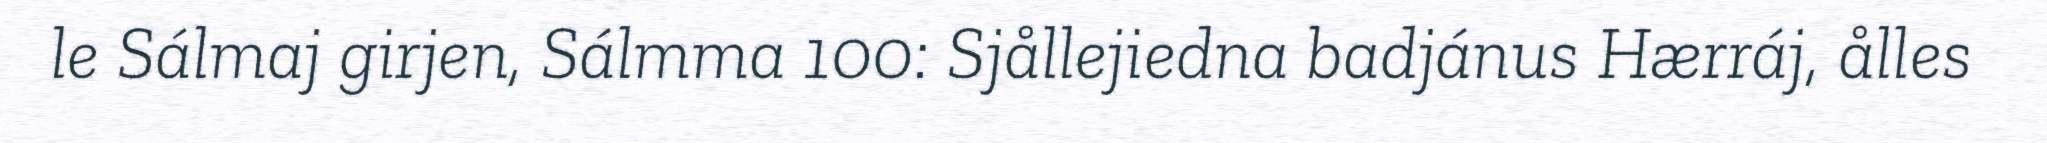
le Sálmaj girjen, Sálmma 100: Sjållejiedna badjánus Hærráj, ålles